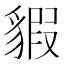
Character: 貑